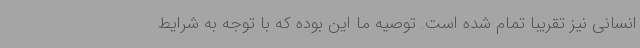
انسانی نیز تقریبا تمام شده است. توصیه ما این بوده که با توجه به شرایط